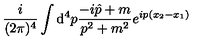
\frac { i } { ( 2 \pi ) ^ { 4 } } \int { \mathrm d } ^ { 4 } p \frac { - i \hat { p } + m } { p ^ { 2 } + m ^ { 2 } } e ^ { i p ( x _ { 2 } - x _ { 1 } ) }